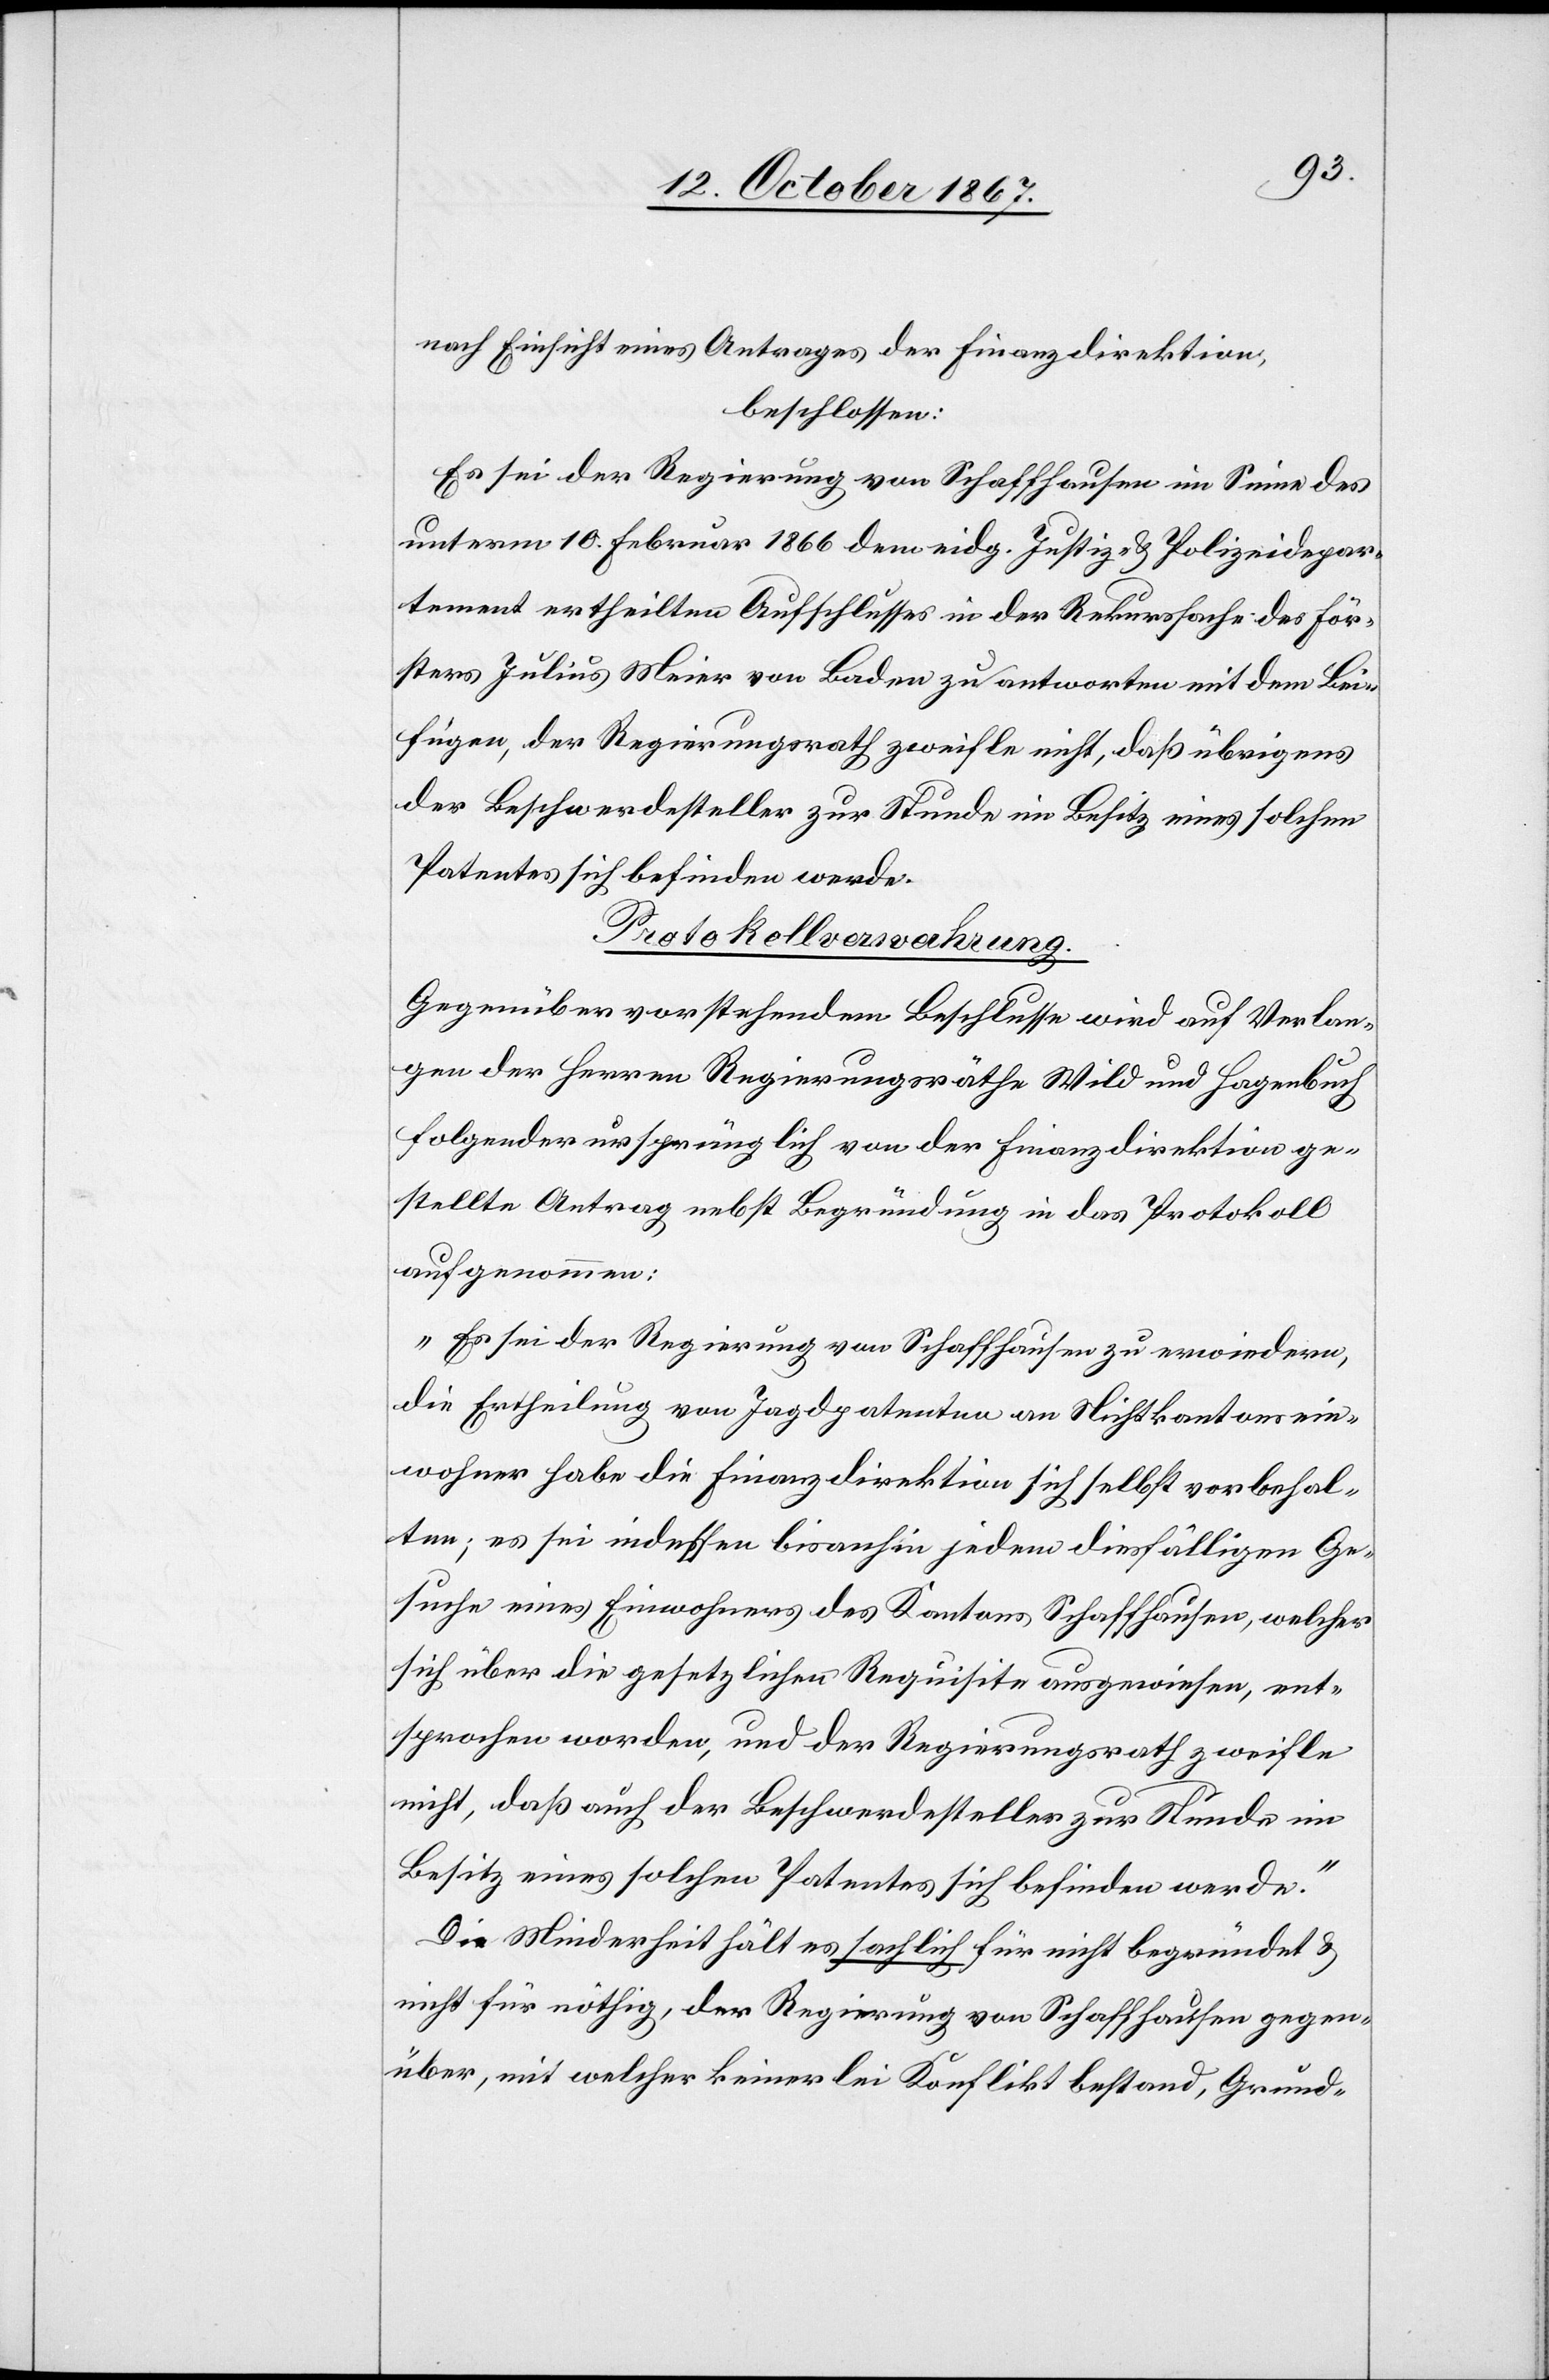
nach Einsicht eines Antrages der Finanzdirektion,
beschlossen:
Es sei der Regierung von Schaffhausen im Sinne des
unterm 10. Februar 1866 dem eidg. Justiz- u. Polizeidepar¬
tement ertheilten Aufschlusses in der Rekurssache des För¬
sters Julius Meier von Baden zu antworten mit dem Bei¬
fügen, der Regierungsrath zweifle nicht, daß übrigens
der Beschwerdesteller zur Stunde im Besitz eines solchen
Patentes sich befinden werde.
Protokollverwahrung.
Gegenüber vorstehendem Beschlusse wird auf Verlan¬
gen der Herren Regierungsräthe Wild und Hagenbuch
folgender ursprünglich von der Finanzdirektion ge¬
stellte Antrag nebst Begründung in das Protokoll
aufgenommen:
„Es sei der Regierung von Schaffhausen zu erwiedern,
die Ertheilung von Jagdpatenten an Nichtkantonsan¬
gehörige habe die Finanzdirektion sich selbst vorbehal¬
ten; es sei indessen bisanhin jedem diesfälligen Ge¬
suche eines Einwohners des Kantons Schaffhausen, welcher
sich über die gesetzlichen Requisite ausgewiesen, ent¬
sprochen worden, und der Regierungsrath zweifle
nicht, daß auch der Beschwerdesteller zur Stunde im
Besitz eines solchen Patentes sich befinden werde.“
Die Minderheit hält es sachlich für nicht begründet u.
nicht für nöthig, der Regierung von Schaffhausen gegen¬
über, mit welcher keinerlei Konflikt bestand, Grund-